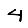
Digit: 4